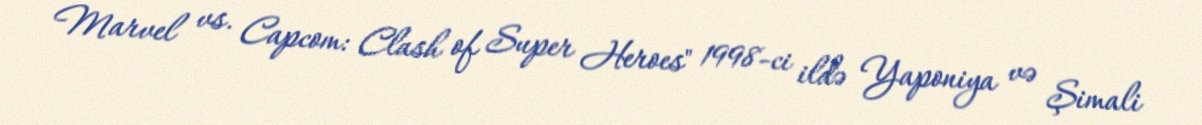
Marvel vs. Capcom: Clash of Super Heroes" 1998-ci ildə Yaponiya və Şimali